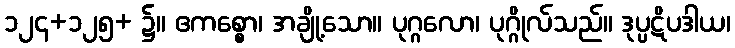
၁၂၄+၁၂၅+ ၌။ ဧကစ္စော၊ အချို့သော။ ပုဂ္ဂလော၊ ပုဂ္ဂိုလ်သည်။ ဒုပ္ပဋိပဒါယ၊